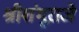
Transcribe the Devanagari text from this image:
श्रीशंभूराजे